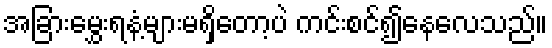
အခြားမွှေးရနံ့များမရှိတော့ပဲ ကင်းစင်၍နေလေသည်။